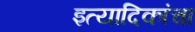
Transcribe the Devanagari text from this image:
इत्यादिकांचा